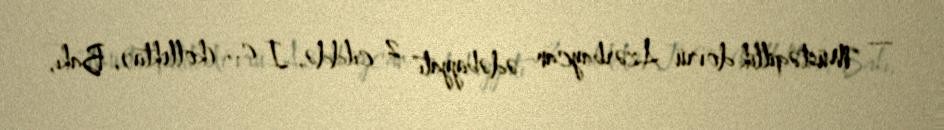
— "Müstəqillik dövrü Azərbaycan ədəbiyyatı" 2 cilddə, I c., (kollektiv), Bakı,